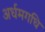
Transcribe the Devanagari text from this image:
अर्धमगधि